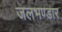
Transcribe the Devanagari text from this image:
जलभण्डार